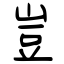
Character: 豈